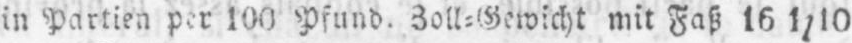
in Partien per 100 Pfund. Zoll⸗Gewicht mit Faß 16 1/10